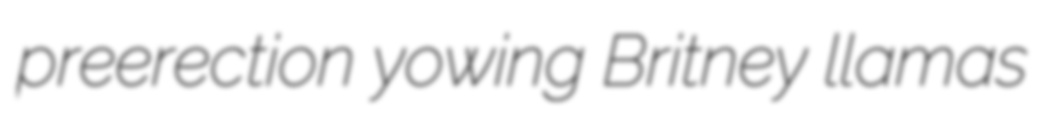
preerection yowing Britney llamas